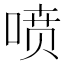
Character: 喷